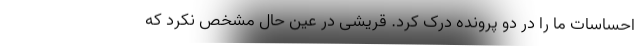
احساسات ما را در دو پرونده درک کرد. قریشی در عین حال مشخص نکرد که